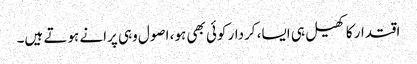
اقتدار کا کھیل ہی ایسا، کردار کوئی بھی ہو، اصول وہی پرانے ہوتے ہیں۔